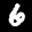
Digit: 6